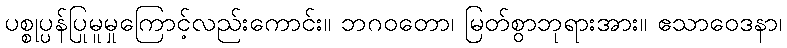
ပစ္စုပ္ပန်ပြုမူမှုကြောင့်လည်းကောင်း။ ဘဂဝတော၊ မြတ်စွာဘုရားအား။ ဧသာဝေဒနာ၊